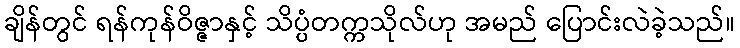
ချိန်တွင် ရန်ကုန်ဝိဇ္ဇာနှင့် သိပ္ပံတက္ကသိုလ်ဟု အမည် ပြောင်းလဲခဲ့သည်။